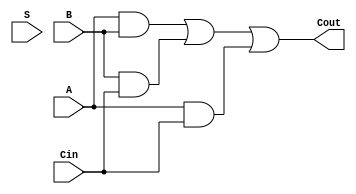
`timescale 1ns/1ps
`default_nettype none

module full_adder(S, Cout, A, B, Cin);
    // declare output and input ports, all wires are 1 bit
    input wire A, B, Cin, S;
    output wire Cout;
    // declare internal nets
    wire andBCin, andACin, andAB;
    
    // use dataflow to describe the gate-level activity of Sum S, input A, B and carry out Cout
    assign S = A ^ B ^ Cin;
    assign andAB = A & B;   
    assign andBCin = B & Cin;
    assign andACin = A & Cin;
    
    assign Cout = andAB | andBCin | andACin;
 endmodule